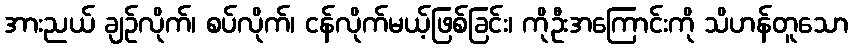
အားညယ် ချဉ်လိုက်၊ စပ်လိုက်၊ ငန်လိုက်မယ့်ဖြစ်ခြင်း၊ ကိုဦးအကြောင်းကို သိဟန်တူသော